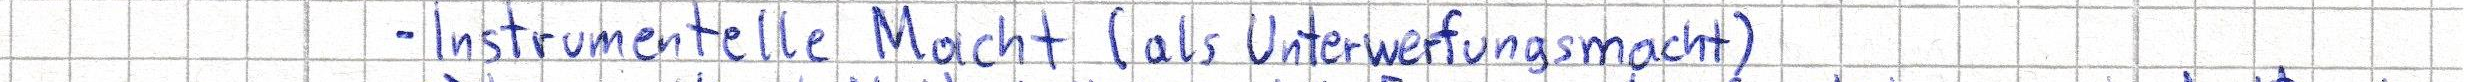
- Instrumentelle Macht (als Unterwerfungsmacht)